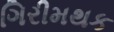
ગિરીમથક